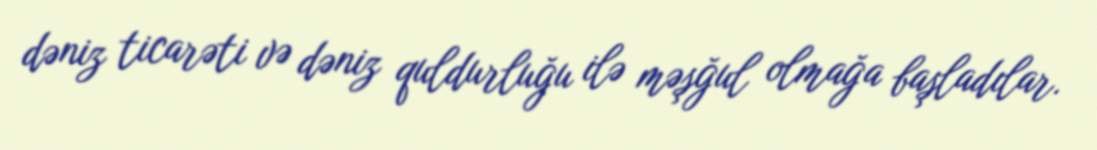
dəniz ticarəti və dəniz quldurluğu ilə məşğul olmağa başladılar.